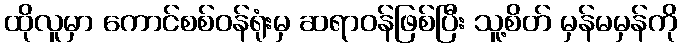
ထိုလူမှာ ကောင်စစ်ဝန်ရုံးမှ ဆရာဝန်ဖြစ်ပြီး သူ့စိတ် မှန်မမှန်ကို